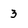
Character: 3